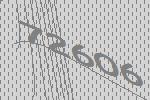
72606